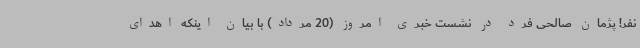
نفر! پژمان صالحی فرد در نشست خبری امروز (20 مرداد) با بیان اینکه اهدای